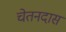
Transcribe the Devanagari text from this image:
चेतनदास